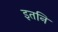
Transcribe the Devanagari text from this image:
इतनि